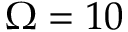
\Omega = 1 0